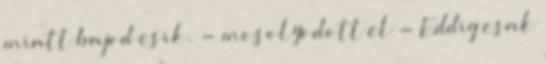
miatt bajod esik. - mosolyodott el - Eddig csak